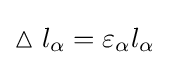
\vartriangle l_{\alpha }=\varepsilon _{\alpha }l_{\alpha }